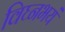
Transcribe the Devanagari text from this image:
विघ्नभयं